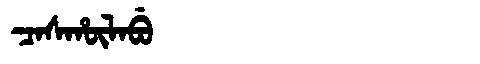
Manchu: ᠴᠠᠰᡥᡡᠯᠠᠪᡠ
Romanization: CASHŪLABU